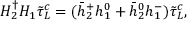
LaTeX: H _ { 2 } ^ { \dagger } H _ { 1 } \tilde { \tau } _ { L } ^ { c } = ( \bar { h } _ { 2 } ^ { + } h _ { 1 } ^ { 0 } + \bar { h } _ { 2 } ^ { 0 } h _ { 1 } ^ { - } ) \tilde { \tau } _ { L } ^ { c } ,